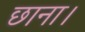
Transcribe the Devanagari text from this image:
छाना।